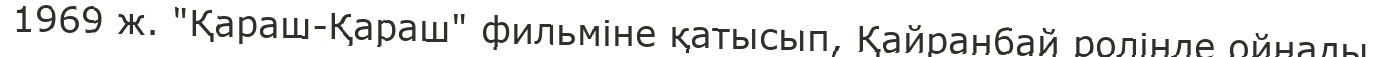
1969 ж. "Қараш-Қараш" фильміне қатысып, Қайранбай ролінде ойнады.